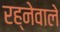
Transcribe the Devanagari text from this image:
रह्नेवाले